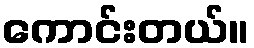
ကောင်းတယ်။